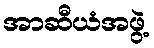
အာဆီယံအဖွဲ့